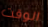
الوقت